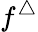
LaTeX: f^{\triangle}